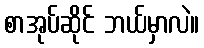
စာအုပ်ဆိုင် ဘယ်မှာလဲ။